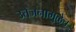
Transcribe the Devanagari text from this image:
उत्तेजनामुळेच